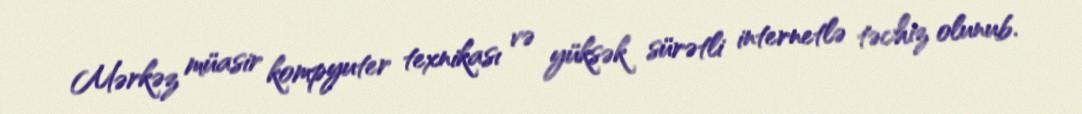
Mərkəz müasir kompyuter texnikası və yüksək sürətli internetlə təchiz olunub.